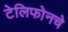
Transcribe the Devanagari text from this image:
टेलिफोनचे